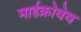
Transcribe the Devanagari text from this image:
माईक्रोवेव